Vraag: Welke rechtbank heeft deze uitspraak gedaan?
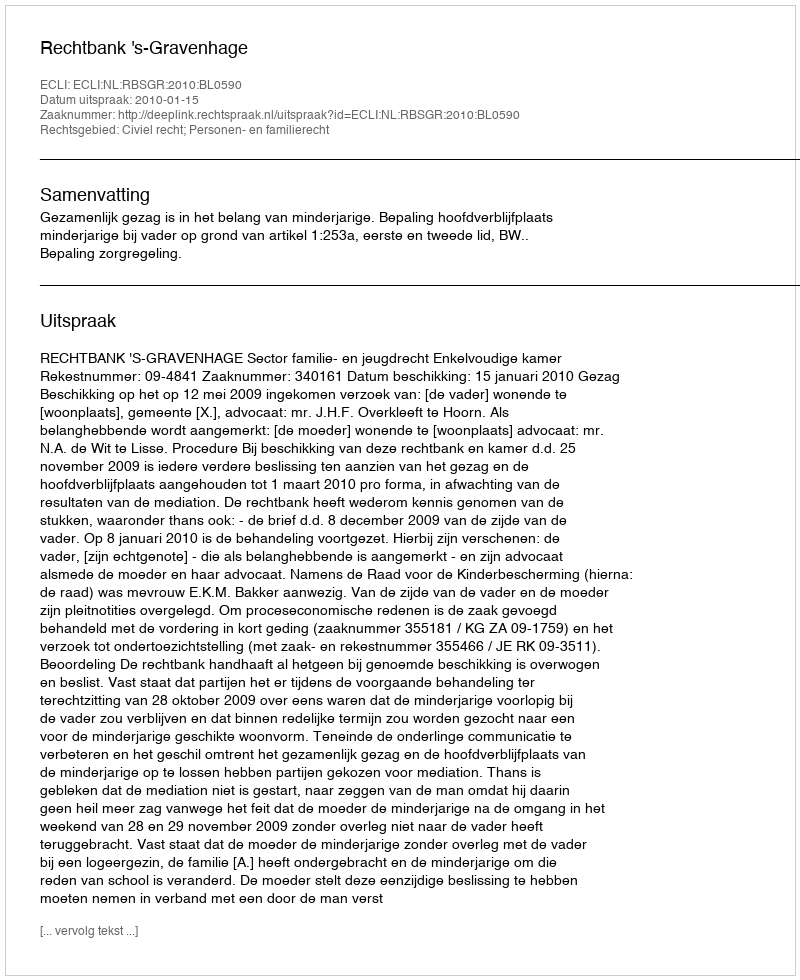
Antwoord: Rechtbank 's-Gravenhage